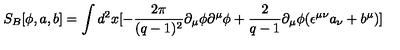
S _ { B } [ \phi , a , b ] = \int d ^ { 2 } x [ - \frac { 2 \pi } { ( q - 1 ) ^ { 2 } } \partial _ { \mu } \phi \partial ^ { \mu } \phi + \frac { 2 } { q - 1 } \partial _ { \mu } \phi ( \epsilon ^ { \mu \nu } a _ { \nu } + b ^ { \mu } ) ]